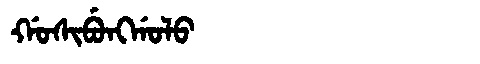
Manchu: ᡤᠣᠰᡳᠪᡠᠩᡤᠣᠯᠣ
Romanization: GOSIBUNGGOLO